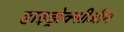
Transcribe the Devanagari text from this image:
हाइड्रोक्सीजीन